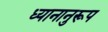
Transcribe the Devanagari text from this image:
ध्यानानुरूप